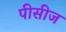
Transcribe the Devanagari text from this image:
पीसीज